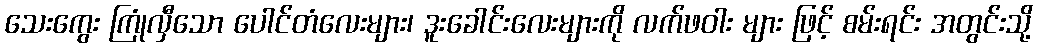
သေးကွေး ကြုံလှီသော ပေါင်တံလေးများ၊ ဒူးခေါင်းလေးများကို လက်ဖဝါး များ ဖြင့် စမ်းရင်း အတွင်းသို့